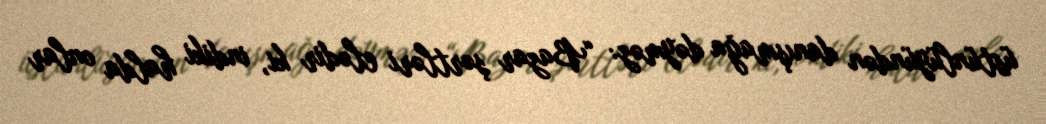
üstünlüyündən danışmağa dəyməz: “Bazar şərtləri elədir ki, indiki halda onlar